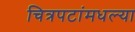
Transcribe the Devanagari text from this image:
चित्रपटांमधल्या